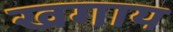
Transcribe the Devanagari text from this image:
खगाय